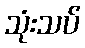
သုံးသပ်